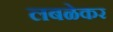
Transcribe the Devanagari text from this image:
लबळेकर